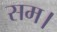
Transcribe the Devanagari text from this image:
सम।